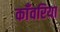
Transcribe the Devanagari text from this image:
काँवरिया